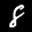
Label: 8